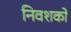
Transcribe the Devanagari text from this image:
निवशकों